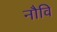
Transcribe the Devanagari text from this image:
नौवि